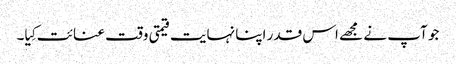
جو آپ نے مجھے اس قدر اپنا نہایت قیمتی وقت عنائت کِیا۔